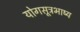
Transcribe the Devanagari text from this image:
योगसूत्रभाष्य